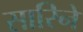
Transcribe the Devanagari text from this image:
सारिनें